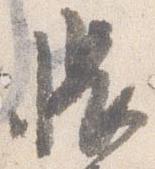
帳